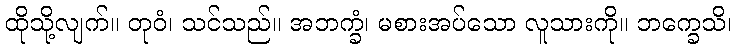
ထိုသို့လျက်။ တုဝံ၊ သင်သည်။ အဘက္ခံ၊ မစားအပ်သော လူသားကို။ ဘက္ခေသိ၊